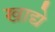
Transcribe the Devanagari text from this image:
खाद्ये